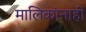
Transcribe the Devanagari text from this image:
मालिकांनाही